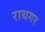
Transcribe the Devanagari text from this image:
राथगर